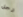
رجل